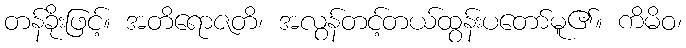
တန်ခိုးဖြင့်။ အတိရောဇတိ၊ အလွန်တင့်တယ်ထွန်းပတော်မူ၏။ ကိမိဝ၊